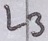
Text: L3